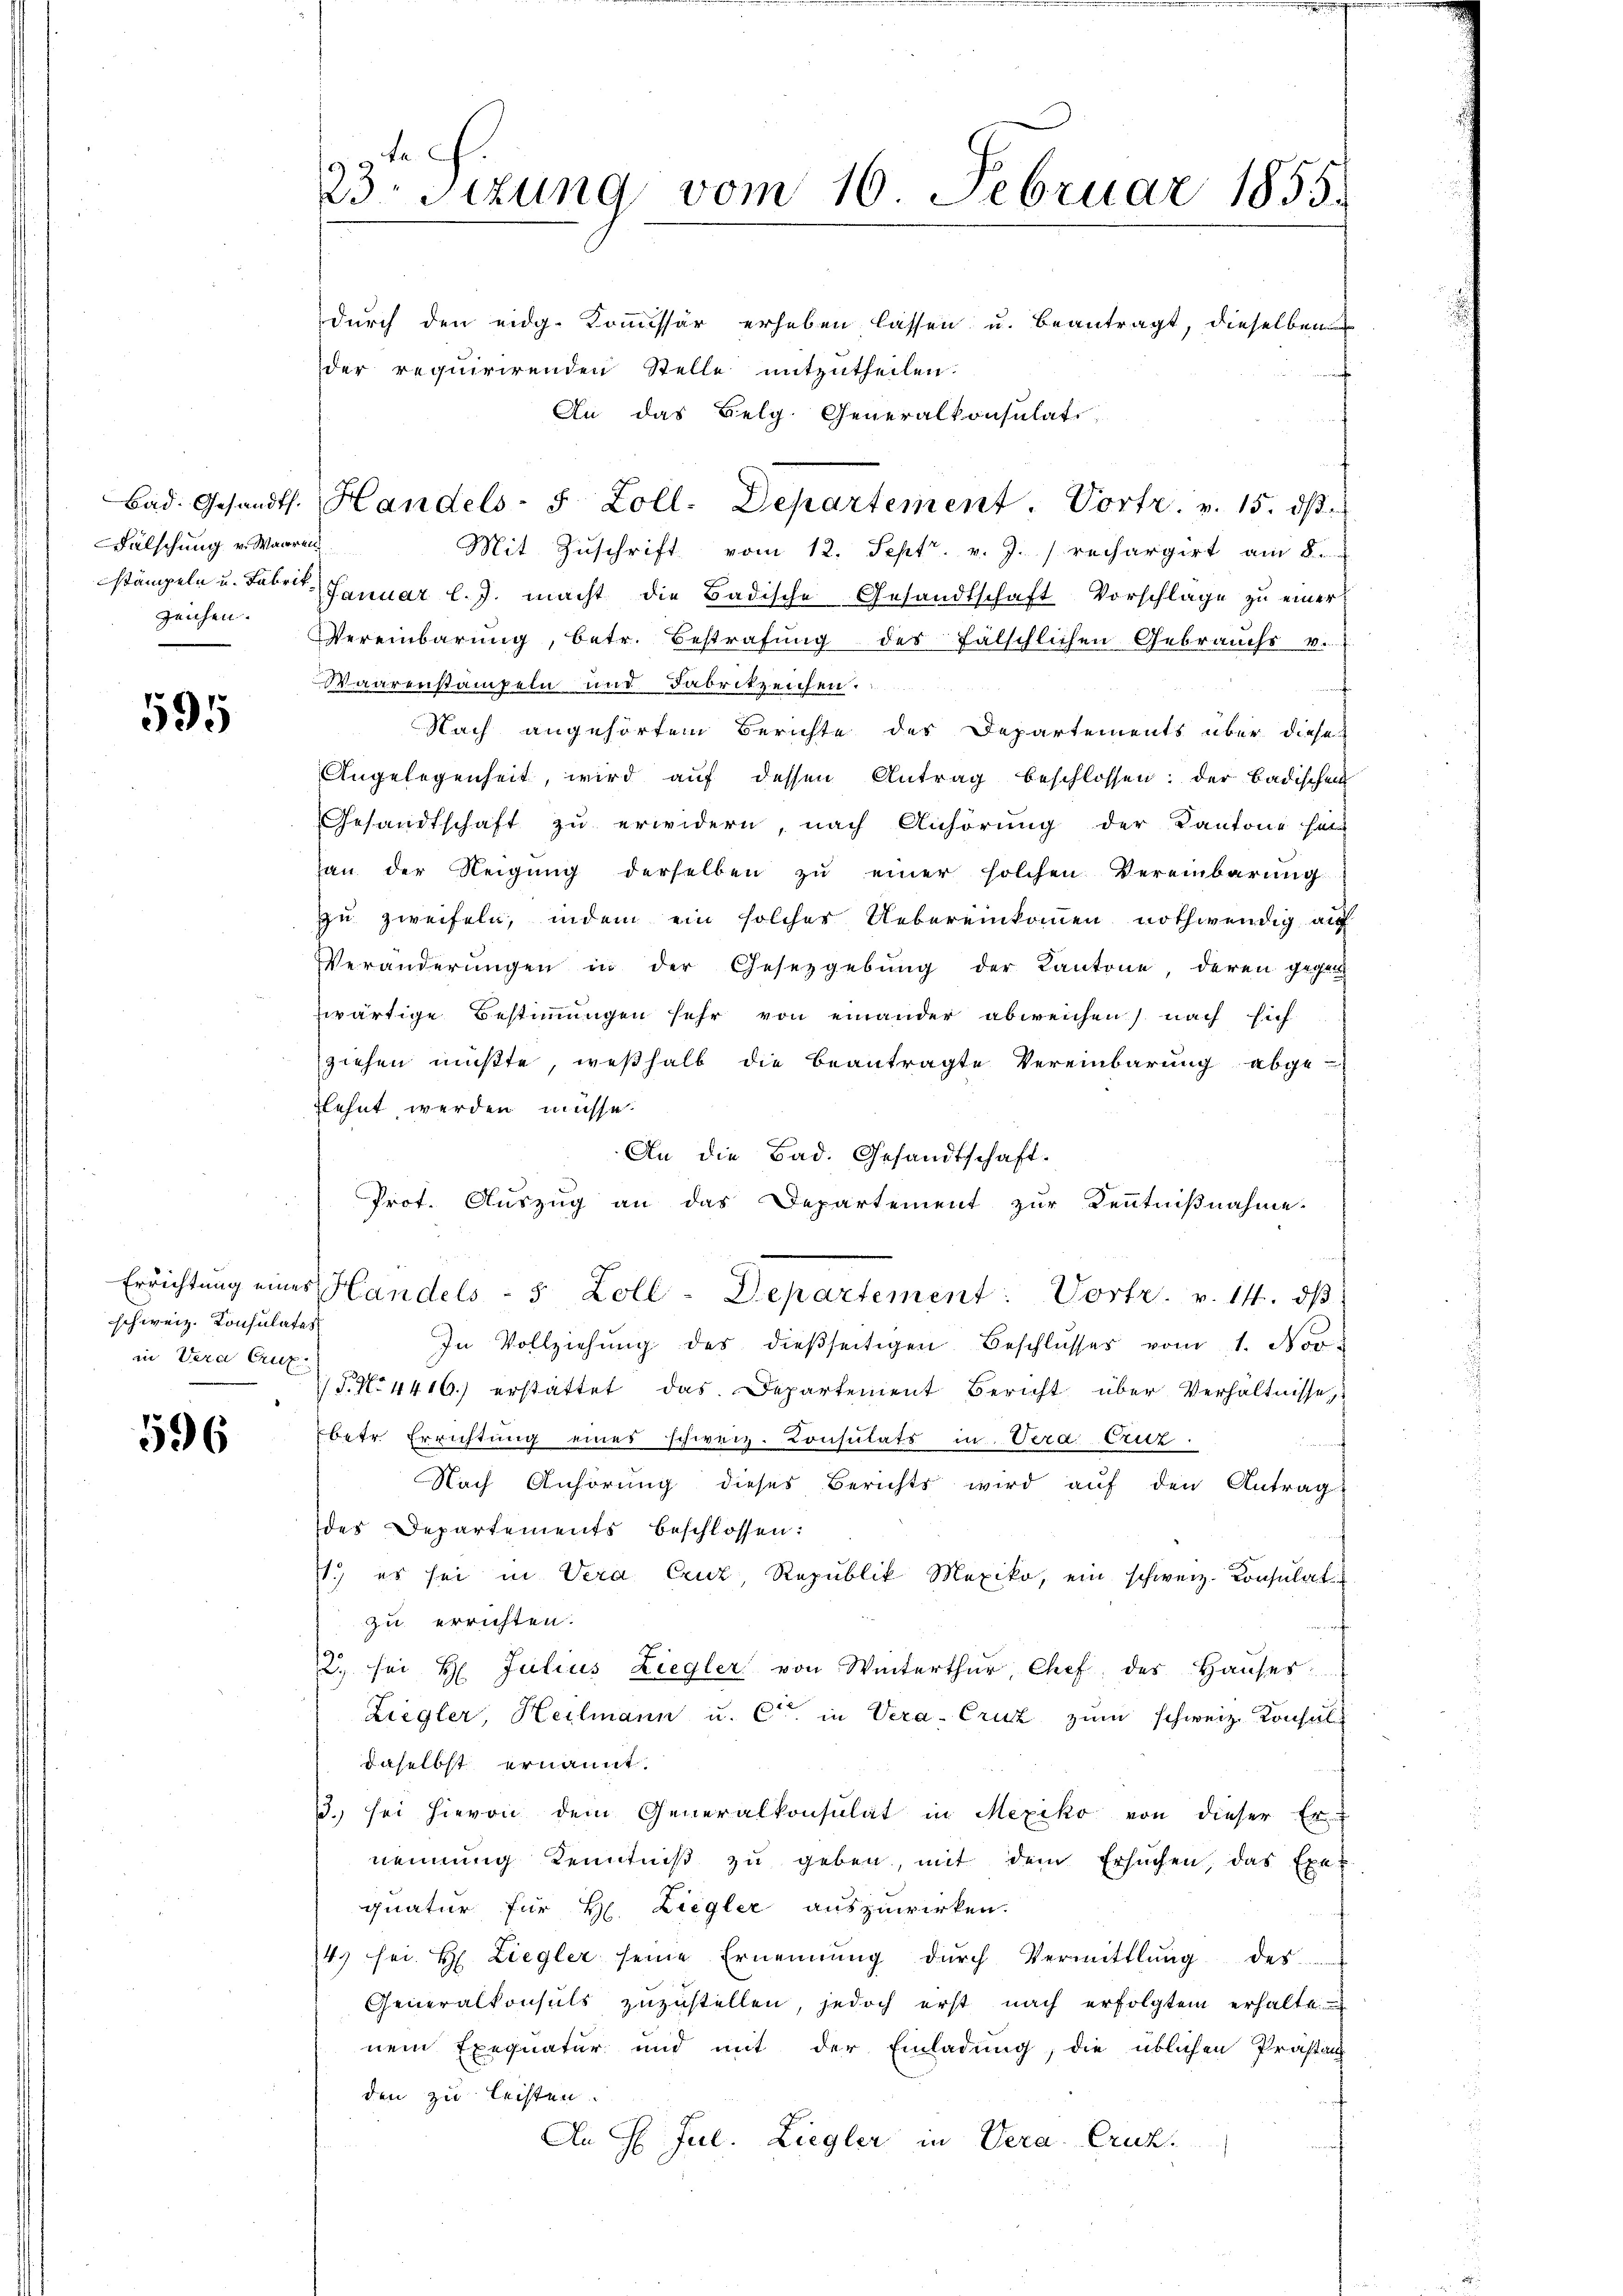
Falschung v. Waaren
zeichen.

595

schweiz. Konsulates
in Vera Cruz

596

23. Sizung vom 16. Februar 1855.

durch den eidg. Kommissär erheben lassen u. beantragt, dieselben
der requirirenden Stelle mitzutheilen.
An das Belg. Generalkonsulati
Mit Zuschrift vom 12. Sept. v. J. / rechargirt am 8.
stämpeln u. Fabrit. Januar l. J. macht die Badische Gesandtschaft Vorschlage zu einer
Vereinbarung, betr. Bestrafung des fälschlichen Gebrauchs v.
Waarenstampeln und Fabrikzeichen.
Nach angehörtem Berichte des Departements über diese
Angelegenheit, wird aŭf dessen Antrag beschlossen: der badischen
Gesandtschaft zu erwidern, nach Anhörung der Kantone halt
hau der Neigung derselben zu einer solchen Vereinbarung
zu zweifeln, indem ein solcher Uebereinkommen nothwendig auf
Veränderŭngen in der Gesetzgebung der Kantone, deren gegen
zwärtige Bestimmungen sehr von einander abweichen) nach sich
ziehen müßte, weßhalb die beantragte Vereinbarung abge-
flehnt werden müsse.
An die Bad. Gesandtschaft.
Prot. Auszug an das Departement zur Kenntnißnahme.
Errichtŭng eines Handels - 5 Zoll-Departement: Vortr. v. 14. dβ
In Vollziehŭng des dieβseitigen Beschlŭsses vom 1. Nov.
 P. N. 4416) erstattet das Departement Bericht über Verhältnisse,
betr. Errichtung eines schweiz. Consulats in Vera Cruz.
Nach Anhörung dieses Berichts wird auf den Antrag
des Departements beschlossen:
1.) es sei in Vera Cruz Republik Mexiko, ein schweiz. Konsulat u
zu errichten.
2. sei H. Julius Liegler von Winterthur, Chef des Haŭses
Ziegler, Heilmann u. Cie in Vera-Crut zum schweiz. Konsuldaselbst ernannt.
3.) sei hievon dem Generalkonsulat in Mexiko von dieser Er-
nennung Kenntniß zu geben, mit dem Ersuchen, das Exek
quatur für H. Liegler auszuwirken.
4. sei. H. Liegler seine Ernennung dŭrch Vermittlung der
Generalkonsuls zŭzŭstellen, jedoch erst nach erfolgtem erhalte.
nem Exequatur und mit der Einladung, die üblichen Prästan
den zu leisten.
An H. Jul. Liegler in Vera. Cruck.

Bad. Gesandts. Handels- S. Zoll. Departement. Portr. v. 15. dβ.